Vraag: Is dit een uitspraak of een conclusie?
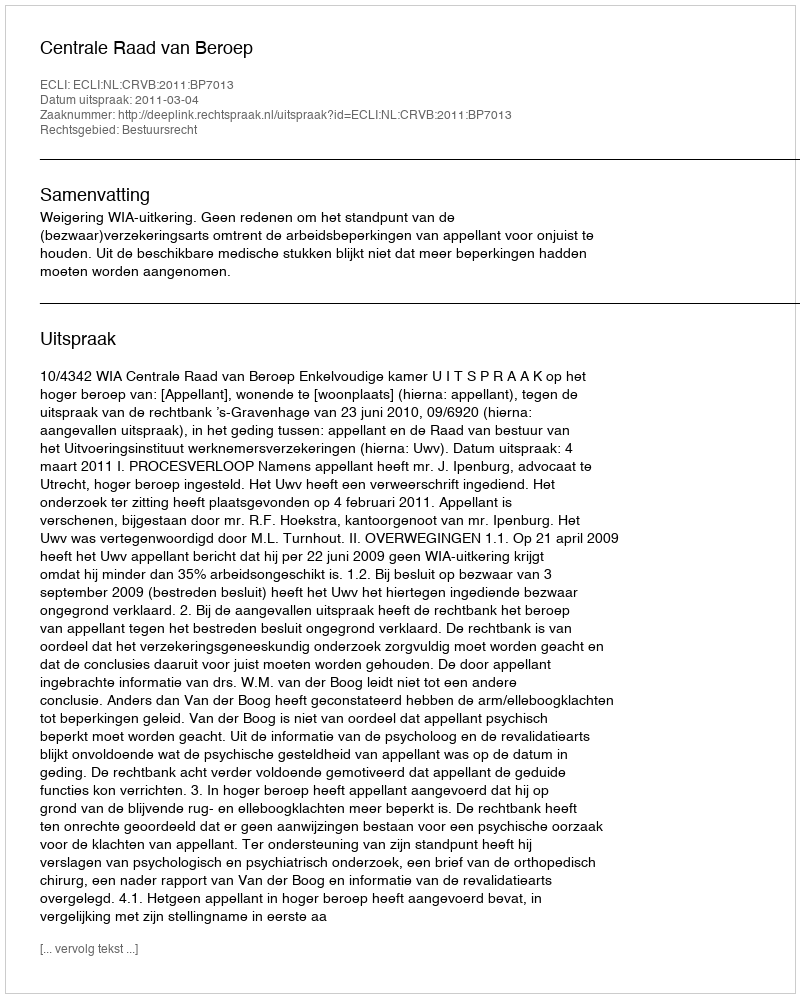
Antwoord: Uitspraak